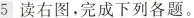
5 读右图，完成下列各题。